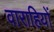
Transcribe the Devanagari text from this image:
वाराहियों